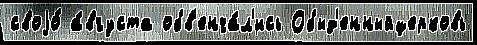
своjо́ а́вгуста обв'енча́л'ись Обыд'енныйцерковь